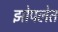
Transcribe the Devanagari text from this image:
झोपलेत